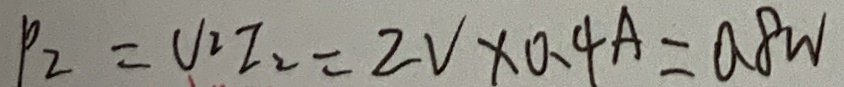
P _ { 2 } = U _ { 2 } I _ { 2 } = 2 V \times 0 . 4 A = 0 . 8 W